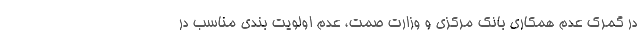
در گمرک عدم همکاری بانک مرکزی و وزارت صمت، عدم اولویت بندی مناسب در